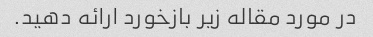
در مورد مقاله زیر بازخورد ارائه دهید.